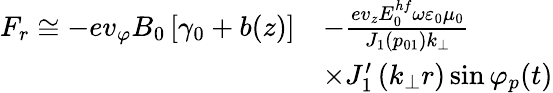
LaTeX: \begin{array}{rl}{F_{r}\cong-ev_{\varphi}B_{0}\left[\gamma_{0}+b(z)\right]}&{-\frac{ev_{z}E_{0}^{hf}\omega\varepsilon_{0}\mu_{0}}{J_{1}\left(p_{01}\right)k_{\perp}}}\\ &{\times J_{1}^{\prime}\left(k_{\perp}r\right)\sin\varphi_{p}(t)}\end{array}